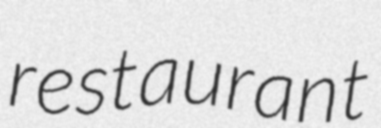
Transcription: restaurant